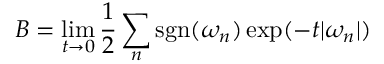
B = \operatorname* { l i m } _ { t \to 0 } { \frac { 1 } { 2 } } \sum _ { n } \operatorname { s g n } ( \omega _ { n } ) \exp ( - t | \omega _ { n } | )